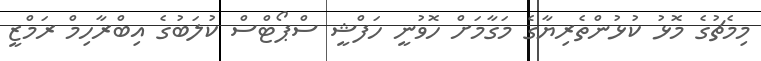
މިމެޗުގެ މޮޅު ކުޅުންތެރިޔާގެ މަގާމަށް ހޮވުނީ ހަފްޝީ ސްޕޯޓްސް ކުލަބުގެ އިބްރާހިމް ރަމްޒީ